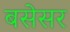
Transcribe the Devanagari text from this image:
बसेसर